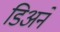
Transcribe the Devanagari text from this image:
डिअने